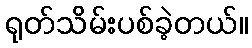
ရုတ်သိမ်းပစ်ခဲ့တယ်။